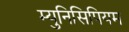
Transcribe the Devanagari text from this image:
म्युनिसिपियम